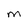
Character: M